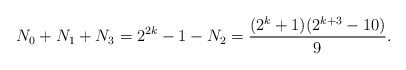
\begin{align*}N_0+N_1+N_3=2^{2k}-1-N_2=\frac{(2^k+1)(2^{k+3}-10)}{9}.\end{align*}